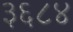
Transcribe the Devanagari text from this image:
३६८४